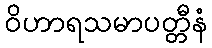
ဝိဟာရသမာပတ္တီနံ